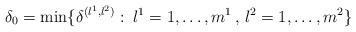
LaTeX: \begin{align*}\delta_0 = \min\{\delta^{(l^1, l^2)} :\: l^1 =1, \dots, m^1 \, , \, l^2 = 1, \dots, m^2 \} \,\end{align*}